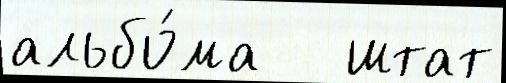
альбо́ма   штат